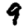
Digit: 9